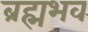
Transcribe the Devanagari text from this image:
ब्रह्मभव